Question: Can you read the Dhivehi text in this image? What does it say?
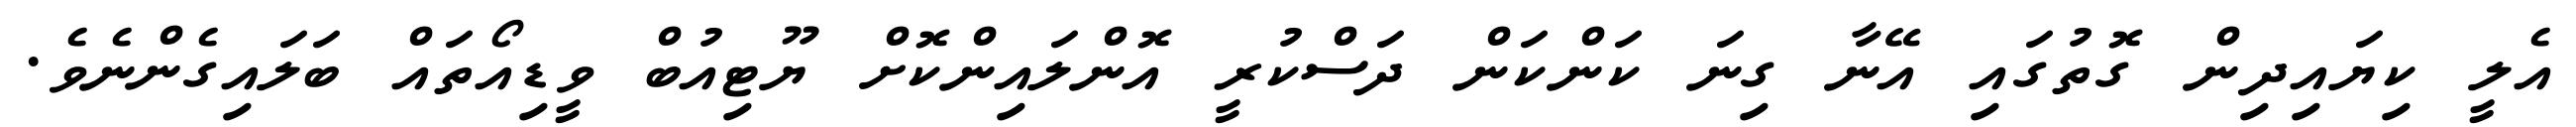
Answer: އެލީ ކިޔައިދިން ގޮތުގައި އޭނާ ގިނަ ކަންކަން ދަސްކުރީ އޮންލައިންކޮށް ޔޫޓިއުބް ވީޑިއޯތައް ބަލައިގެންނެވެ.